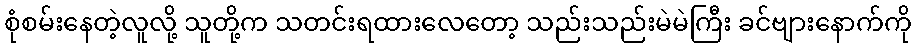
စုံစမ်းနေတဲ့လူလို့ သူတို့က သတင်းရထားလေတော့ သည်းသည်းမဲမဲကြီး ခင်ဗျားနောက်ကို